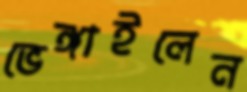
ভেঙ্গাইলেন